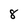
Character: 8